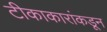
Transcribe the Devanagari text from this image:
टीकाकारांकडून